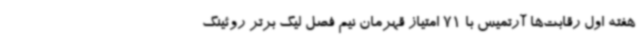
هفته اول رقابت‌ها آرتمیس با 71 امتیاز قهرمان نیم فصل لیگ برتر روئینگ